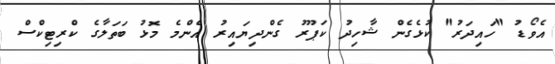
އެވޯޑު "ހައިދަރު" ކުޅެގެން ޝާހިދު ކަޕޫރު ގެންދިޔައިރު އެންމެ މޮޅު ބަތަލާގެ ކްރިޓިކްސް